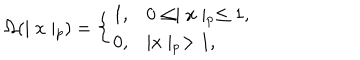
LaTeX: \Omega ( \mid x \mid _ { p } ) = \left\{ \begin{array} { l l } { { 1 , } } & { { 0 \leq \mid x \mid _ { p } \leq 1 , } } \\ { { 0 , } } & { { \mid x \mid _ { p } > 1 , } } \\ \end{array} \right.